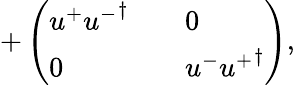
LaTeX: +\left(\begin{array}{lll}{{u^{+}{u^{-}}^{\dagger}}}&{{}}&{{0}}\\ {{0}}&{{}}&{{u^{-}{u^{+}}^{\dagger}}}\end{array}\right),